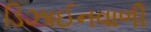
ડિઝાઈનવાળી